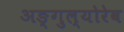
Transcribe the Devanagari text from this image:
अङ्गुल्योरेव